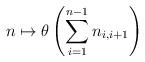
LaTeX: \begin{align*}n\mapsto \theta\left(\sum_{i=1}^{n-1}n_{i,i+1}\right)\end{align*}